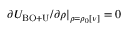
\partial { \cal U } _ { \mathrm { B O + U } } / \partial \rho \vert _ { \rho = \rho _ { 0 } [ \nu ] } = 0